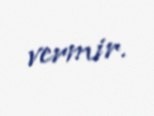
vermir.